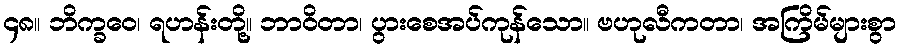
၄၈။ ဘိက္ခဝေ၊ ရဟန်းတို့။ ဘာဝိတာ၊ ပွားစေအပ်ကုန်သော။ ဗဟုလီကတာ၊ အကြိမ်များစွာ